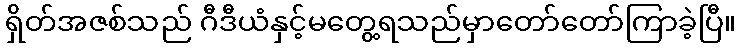
ရှိတ်အဇစ်သည် ဂီဒီယံနှင့်မတွေ့ရသည်မှာတော်တော်ကြာခဲ့ပြီ။